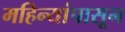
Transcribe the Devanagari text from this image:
महिन्यांपासून